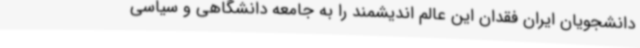
دانشجویان ایران فقدان این عالم اندیشمند را به جامعه دانشگاهی و سیاسی